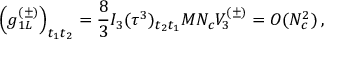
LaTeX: \left( g _ { 1 L } ^ { ( \pm ) } \right) _ { t _ { 1 } t _ { 2 } } = \frac { 8 } { 3 } I _ { 3 } ( \tau ^ { 3 } ) _ { t _ { 2 } t _ { 1 } } M N _ { c } V _ { 3 } ^ { ( \pm ) } = O ( N _ { c } ^ { 2 } ) \, ,